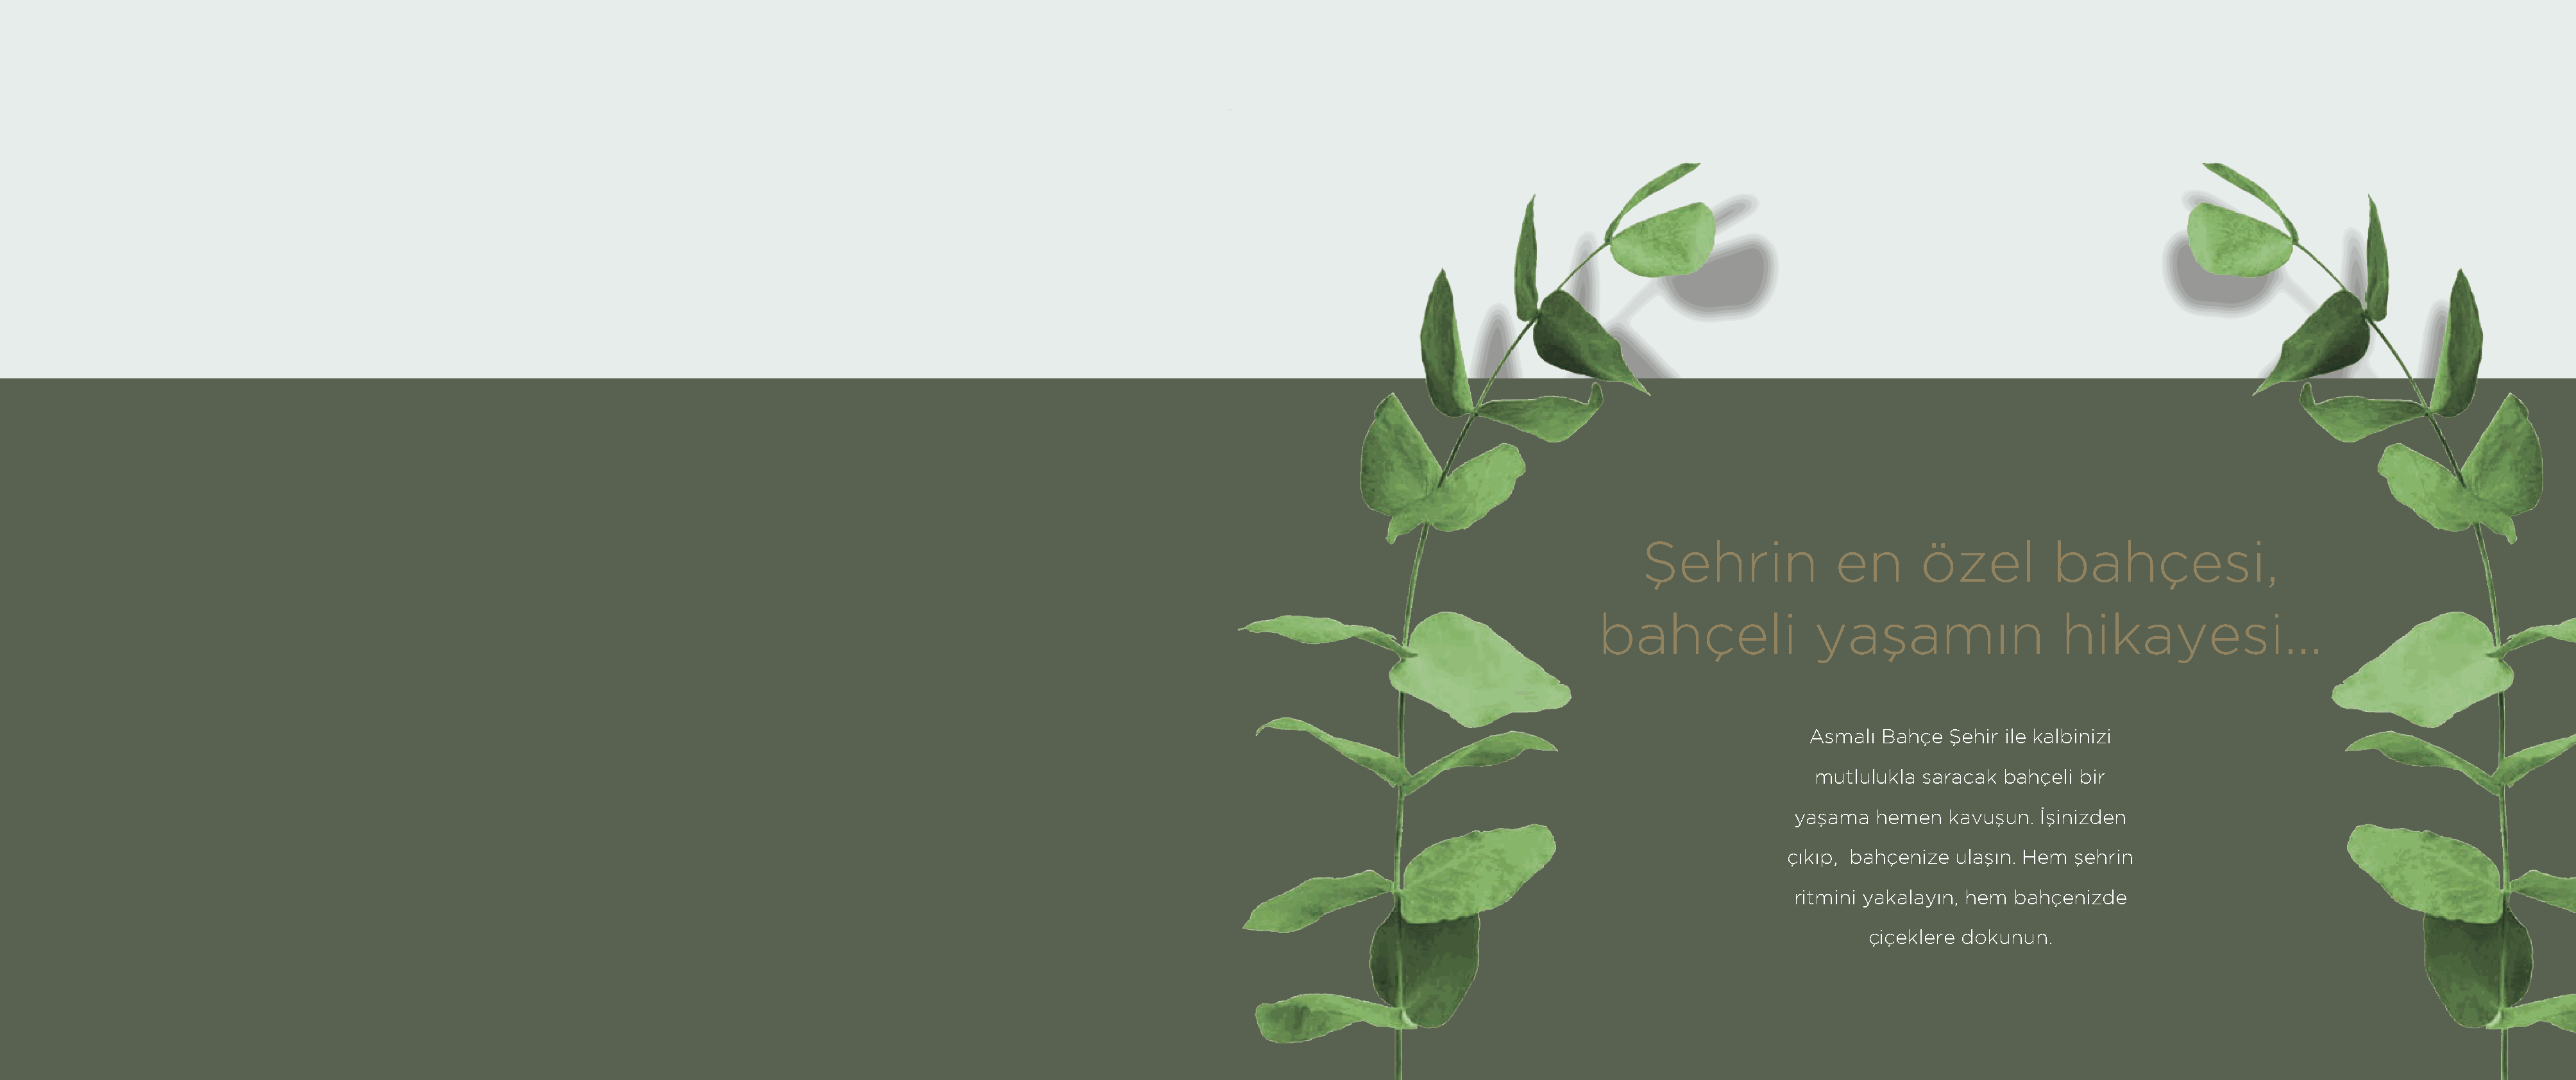
Şehrin              en       özel          bahçesi,
 bahçeli               yaşamın                   hikayesi…
 Asmalı Bahçe  Şehir ile kalbinizi
 mutlulukla saracak  bahçeli bir
 yaşama   hemen  kavuşun.  İşinizden
 çıkıp, bahçenize  ulaşın. Hem şehrin
 ritmini yakalayın, hem bahçenizde
 çiçeklere dokunun.